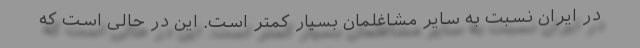
در ایران نسبت به سایر مشاغلمان بسیار کمتر است. این در حالی است که